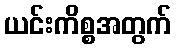
ယင်းကိစ္စအတွက်